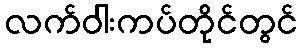
လက်ဝါးကပ်တိုင်တွင်